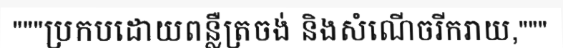
"""ប្រកបដោយពន្លឺត្រចង់ និងសំណើចរីករាយ,"""